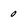
Character: 0